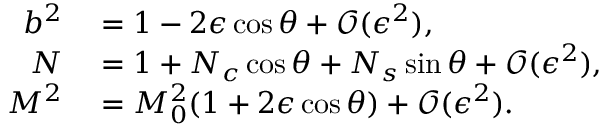
\begin{array} { r l } { b ^ { 2 } } & { { } = 1 - 2 \epsilon \cos \theta + \mathcal { O } ( \epsilon ^ { 2 } ) , } \\ { N } & { { } = 1 + N _ { c } \cos \theta + N _ { s } \sin \theta + \mathcal { O } ( \epsilon ^ { 2 } ) , } \\ { M ^ { 2 } } & { { } = M _ { 0 } ^ { 2 } ( 1 + 2 \epsilon \cos \theta ) + \mathcal { O } ( \epsilon ^ { 2 } ) . } \end{array}